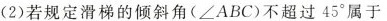
(2)若规定滑梯的倾斜角(∠ABC)不超过45°属于